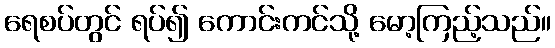
ရေစပ်တွင် ရပ်၍ ကောင်းကင်သို့ မော့ကြည့်သည်။